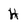
Character: h